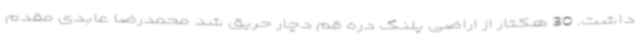
داشت. 30 هکتار از اراضی پلنگ دره قم دچار حریق شد محمدرضا عابدی مقدم